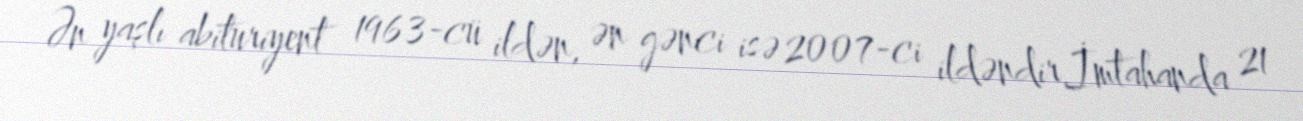
Ən yaşlı abituriyent 1963-cü ildən, ən gənci isə 2007-ci ildəndir.İmtahanda 21